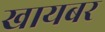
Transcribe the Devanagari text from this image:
खायबर